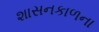
શાસનકાળના